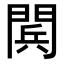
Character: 𨴴